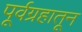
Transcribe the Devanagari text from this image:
पूर्वग्रहातून